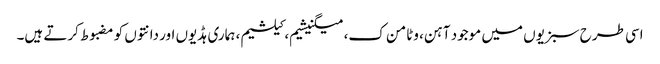
اسی طرح سبزیوں میں موجود آہن، وٹامن ک، میگنیشیم، کیلشیم، ہماری ہڈیوں اور دانتوں کو مضبوط کرتے ہیں۔